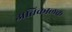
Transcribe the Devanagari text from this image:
अतिकालक